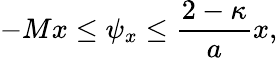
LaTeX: -Mx\leq\psi_{x}\leq\frac{2-\kappa}{a}x,